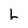
Character: L